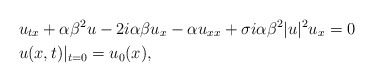
\begin{align*}&u_{tx}+\alpha\beta^2u-2i\alpha\beta u_x-\alpha u_{xx}+\sigma i\alpha\beta^2|u|^2u_x=0 \\&u(x,t)|_{t=0} = u_0(x),\end{align*}